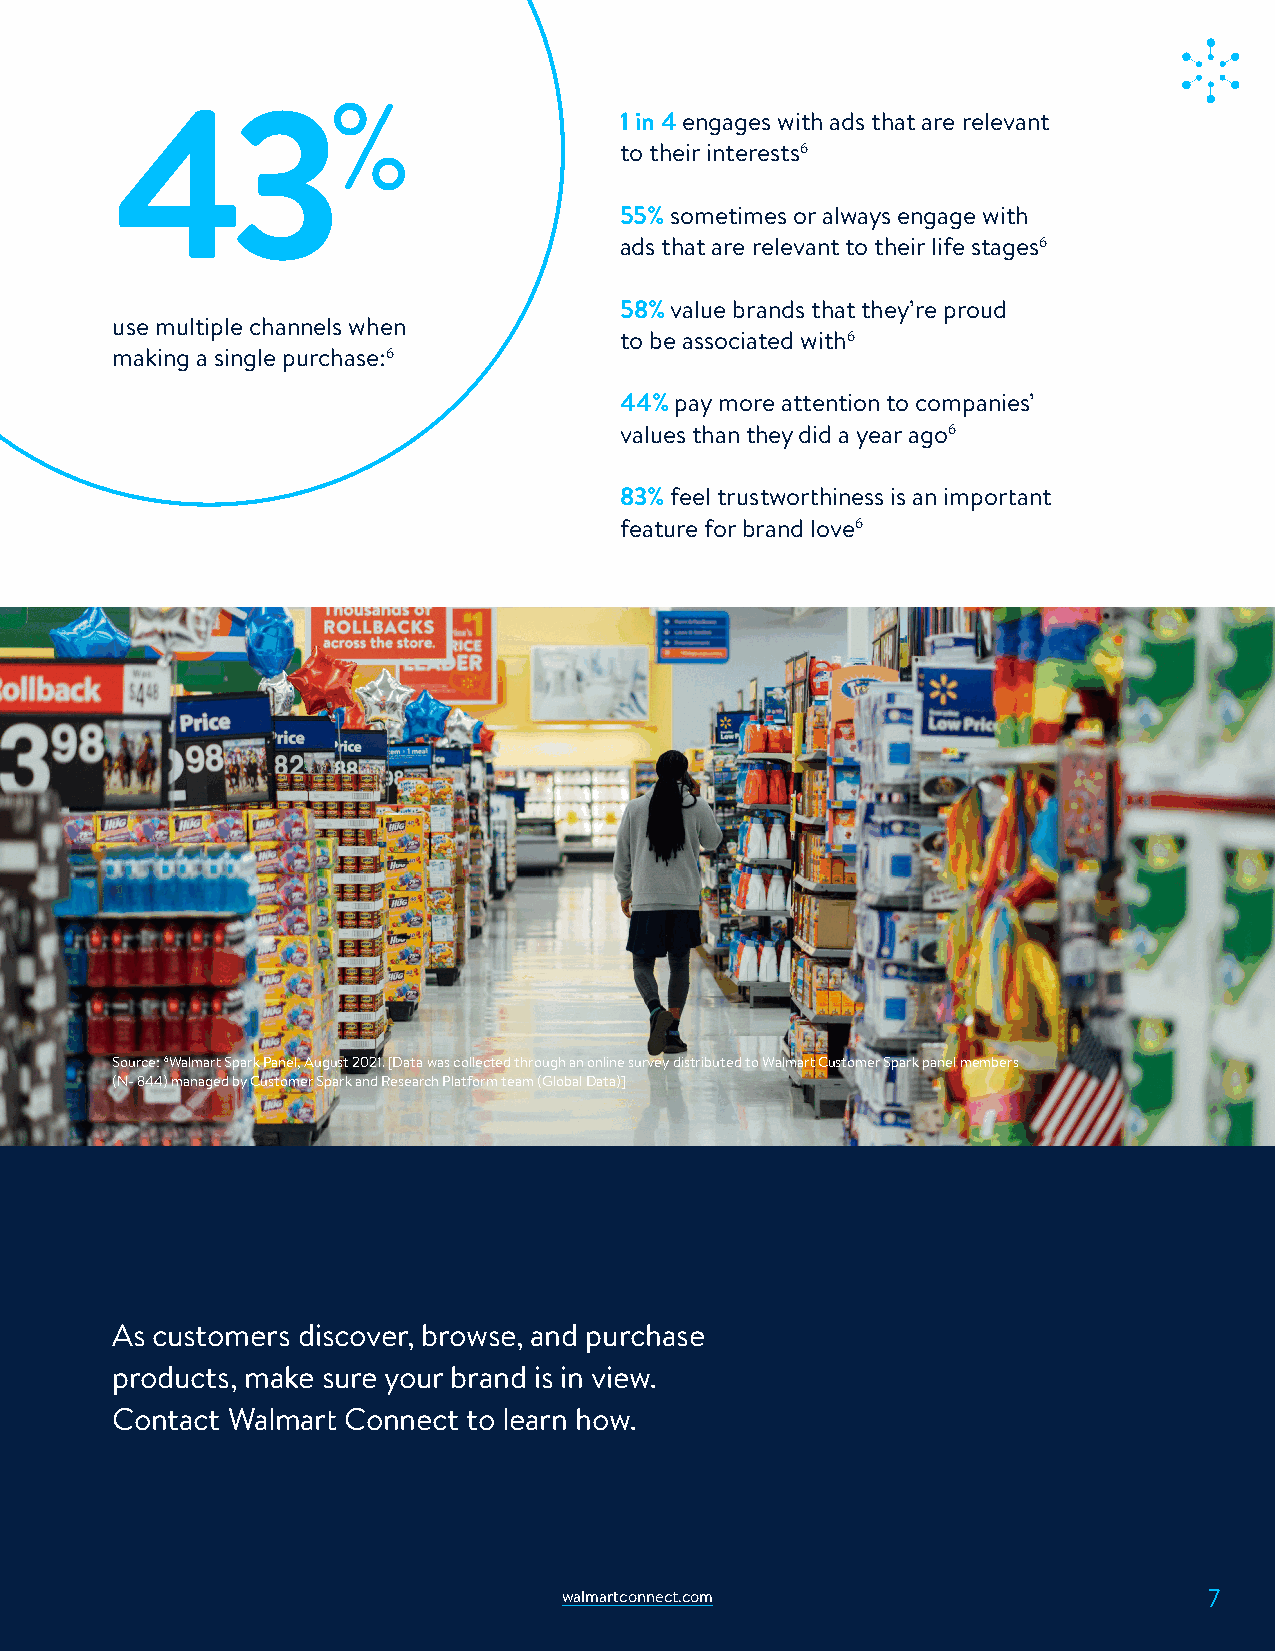
%
 43                                1 in 4 engages with ads that are relevant
 to their interests6
 55% sometimes or always engage with
 ads that are relevant to their life stages6
 58% value brands that they’re proud
 use multiple channels when
 to be associated with6
 making a single purchase:6
 44% pay more attention to companies’
 values than they did a year ago6
 83% feel trustworthiness is an important
 feature for brand love6
 Source: 6Walmart Spark Panel, August 2021. [Data was collected through an online survey distributed to Walmart Customer Spark panel members
 (N- 844) managed by Customer Spark and Research Platform team (Global Data)]
 As customers discover, browse, and purchase
 products, make sure your brand is in view.
 Contact Walmart Connect to learn how.
 walmartconnect.com                         7